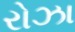
રોઝા